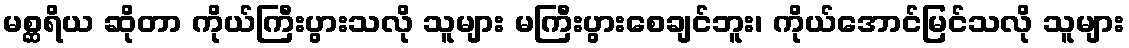
မစ္ဆရိယ ဆိုတာ ကိုယ်ကြီးပွားသလို သူများ မကြီးပွားစေချင်ဘူး၊ ကိုယ်အောင်မြင်သလို သူများ